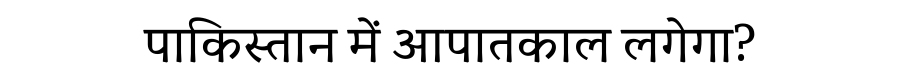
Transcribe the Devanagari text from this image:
पाकिस्तान में आपातकाल लगेगा?